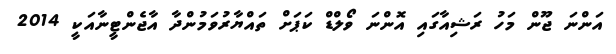
އަންނަ ޖޫން މަހު ރަޝިއާގައި އޮންނަ ވޯލްޑް ކަޕަށް ތައްޔާރުވަމުންދާ އާޖެންޓީނާއަކީ 2014